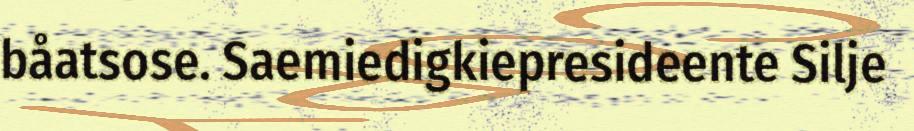
båatsose. Saemiedigkiepresideente Silje